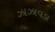
ઝાઝાવડા